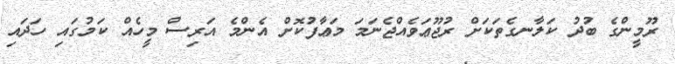
ރޫމީންގެ ބުދު ކަލާނގެތަކަށް ރުޖޫޢަވެއްޖެނަމަ މަޢާފުކޮށް އެންމެ އަރިސް މީހެއް ކަމުގައި ހަދައި